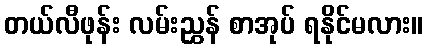
တယ်လီဖုန်း လမ်းညွှန် စာအုပ် ရနိုင်မလား။